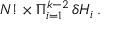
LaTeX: N ! \times \Pi _ { i = 1 } ^ { k - 2 } \, \delta H _ { i } \, .